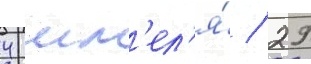
4 шм'ел'я́ / 29